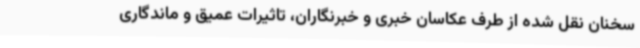
سخنان نقل شده از طرف عکاسان خبری و خبرنگاران، تاثیرات عمیق و ماندگاری